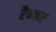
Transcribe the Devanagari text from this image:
रैन्कर